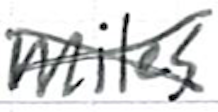
Text: miles
Cross-out: cross
Writing tool: ballpoint